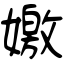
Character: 嬓